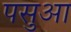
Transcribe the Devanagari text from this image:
पसुआ